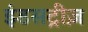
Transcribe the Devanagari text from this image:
इंडसट्रीज़